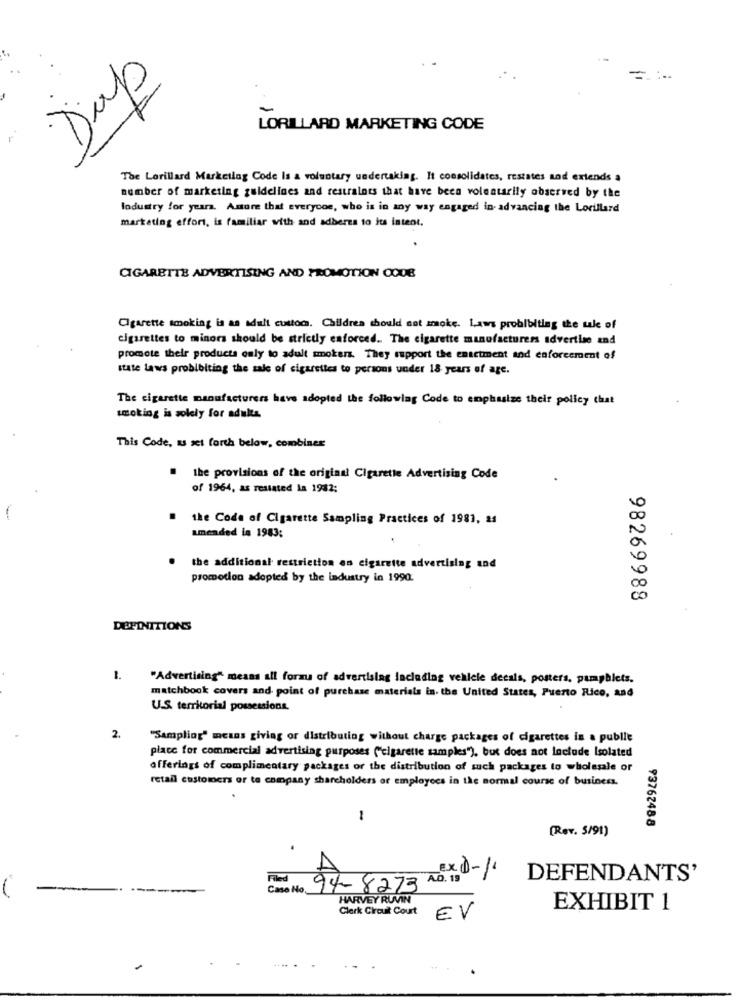
-
Dap
LORILLARD MARKETING CODE
The Lorillard Marketlag Code Is a voluntary undertaking. It consolidates, restates and extends a
number of marketing guidelines and restraints that have been voluntarily observed by the
lodustry for years. Astore that everyone, who is in any way engaged in. advancing the Lorillard
marketing effort, is familiar with and adberes to its intent.
CIGARETTE ADVERTISING AND PROMOTION CODE
Cigarette smoking is as adult custom. Childrea should not smoke. Laws probibiting the tale of
cigarettes to minors should be strictly enforced. The cigarette manufacturers advertise and
promote their products only to adult smokers. They support the enactment and enforcement of
state laws probibiting the sale of cigarettes to persons under 18 years of age.
The cigarette manufacturers have adopted the following Code to emphasize their policy that
smoking is solely for adults
This Code, as set forth below, combiner
the provisions of the original Cigarette Advertising Code
of 1964, as restated la 1932;
the Code of Cigarette Sampling Practices of 1981, 21
amended la 1983;
the additional restriction en cigarette advertising and
promotion adopted by the industry in 1990.
98269988
DEFINITIONS
1.
"Advertising" means all forms of advertising including vehicle decals, posters, pamphlets.
matchbook covers and point of purchase materials in the United States, Puerto Rico, and
U.S. territorial possessions.
2.
"Sampling" means giving or distributing without charge packages of cigarettes in a publie
place for commercial advertising purposes ("cigarette samples"), but does not Include Isolated
offerings of complimentary packages or the distribution of such packages to wholesale or
retail customers or te company shareholders or employees in the normal course of business.
1
93762488
(Rev. 5/91)
EX 0-11
Filed
DEFENDANTS'
Case No.
94-8273 A0.18
HARVEY RUVIN
Clerk Circuit Court
EXHIBIT 1
EV